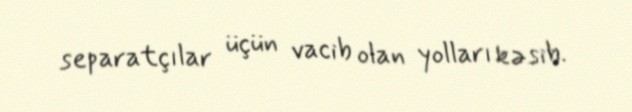
separatçılar üçün vacib olan yolları kəsib.